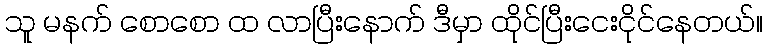
သူ မနက် စောစော ထ လာပြီးနောက် ဒီမှာ ထိုင်ပြီးငေးငိုင်နေတယ်။